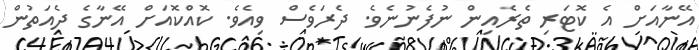
އޭނާއަށް އެ ކޮޓަރި ތެރެއިން ނުފެނުނެވެ. ދެރަވެސް ވިއެވެ. ކޮއްކޮއަށް އޭނާގެ ދެއަތުން